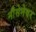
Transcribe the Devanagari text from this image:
नौसेनेवर